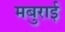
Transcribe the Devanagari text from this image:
मबुराई